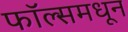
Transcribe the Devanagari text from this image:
फॉल्समधून